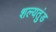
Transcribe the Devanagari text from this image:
शल्यतुंड